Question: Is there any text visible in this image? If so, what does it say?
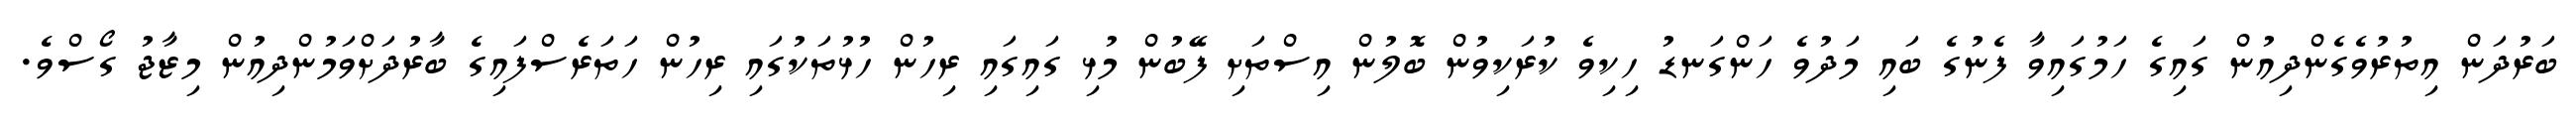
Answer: ބަރުދަން އިތުރުވެގެންދިއުން ގައިގެ ހަމުގައިވާ ފެނުގެ ބައި މަދުވެ ހަންގަނޑު ހިކިވެ ކުރަކިވުން ބޮލުން އިސްތަށި ފޭބުން މުޅި ގައިގައި ރިހުން ހުޅުތަކުގައި ރިހުން ހަތަރެސްފައިގެ ބާރުދަށްވަމުންދިއުން މިޒާޖު ގޯސްވެ.